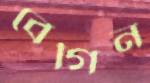
বেগিন